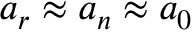
a _ { r } \approx a _ { n } \approx a _ { 0 }